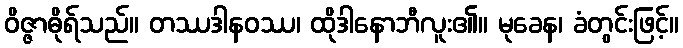
ဝိဇ္ဇာဓိုရ်သည်။ တဿဒါနဝဿ၊ ထိုဒါနောဘီလူး၏။ မုခေန၊ ခံတွင်းဖြင့်။